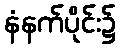
နံနက်ပိုင်း၌